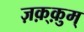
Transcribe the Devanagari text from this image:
ज़क़्क़ुम्